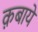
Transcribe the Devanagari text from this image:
क़बायें